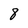
Character: 8